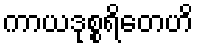
ကာယဒုစ္စရိတေဟိ